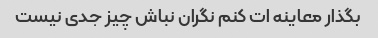
بگذار معاینه ات کنم نگران نباش چیز جدی نیست